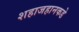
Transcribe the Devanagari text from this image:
शहाजहानकडे